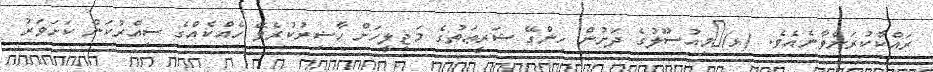
ރައްކާކުރަންވާނެއެވެ. (ޅ)	މިއުޞޫލުގެ ދަށުން ހިންގޭ ޝަރީޢަތުގެ މަޖިލީހަށް ޙާޟިރުކުރެވޭ ހެއްކެއްގެ ސިއްރުކަން ކަށަވަރު